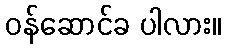
ဝန်ဆောင်ခ ပါလား။